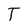
Character: T